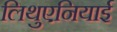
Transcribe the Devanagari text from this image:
लिथुएनियाई